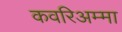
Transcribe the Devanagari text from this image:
कवरिअम्मा